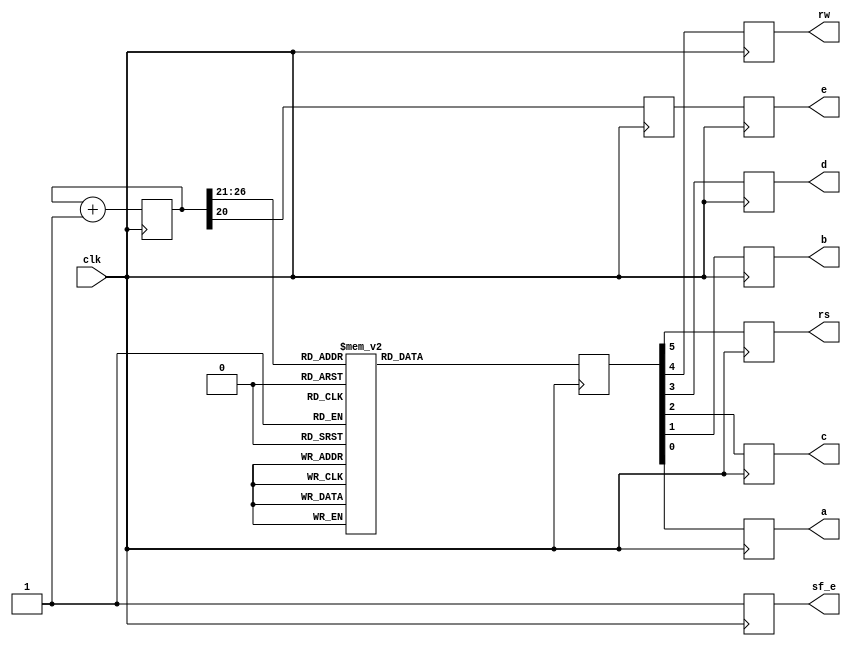
`timescale 1ns / 1ps

// Company: Alchemax
// TestLCD.v test LCD of Spartan e+ board, XCS500E model, 320-pin package 
// Additional Comments: https://www.youtube.com/watch?v=lQ6YKQt6Rz4

module TestLCD( clk, sf_e, e, rs, rw, d, c, b, a );

	(* LOC = "C9" *) input clk; // pin C9 is the 50-MHz on-board clock
	(* LOC = "D16" *) output reg sf_e; // 1 LCD access (0 StrataFlash access)
	(* LOC = "M18" *) output reg e; // enable (1)
	(* LOC = "L18" *) output reg rs; // Register Select (1 data bits for R/W)
	(* LOC = "L17" *) output reg rw; // Read/Write, 1/0
	(* LOC = "M15" *) output reg d; // 4th data bits (to from a nibble)
	(* LOC = "P17" *) output reg c; // 3rd data bits (to from a nibble)
	(* LOC = "R16" *) output reg b; // 2nd data bits (to from a nibble)
	(* LOC = "R15" *) output reg a; // 1st data bits (to from a nibble)
	
	reg [ 26 : 0 ] count = 0;	// 27-bit count, 0-(128M-1), over 2 secs
	reg [ 5 : 0 ] code;			// 6-bit different signals to give out
	reg refresh;					// refresh LCD rate @ about 25Hz
	
	always @ (posedge clk) begin
		count <= count +1;
		
		case ( count[ 26 : 21 ] )	// as top 6 bits change
// power-on init can be carried out before this loop to avoid the flickers
			0: code <= 6'h03;			// power-on init sequence
			1: code <= 6'h03;			// this is needed at least once
			2: code <= 6'h03;			// when LCD's powered on
			3: code <= 6'h02;			// it flickers existing char display
			
// Table 5-3, Function Set
// send 00 and upper nibble 0010, then 00 and lower nibble 10xx
			4: code <= 6'h02;			// Function Set, upper nibble 0010
			5: code <= 6'h08;			// lower nibble 1000 (10xx)
			
// Table 5-3, Entry Mode
// send 00 and upper nibble 0000, then 00 and lower nibble 0 1 I/D S
// last 2 bits of lower nibble: I/D bit (Incr 1, Decr 0), S bit (Shift 1, 0 no)
			6: code <= 6'h00; 		// see table, upper nibble 0000, then lower nibble:
			7: code <= 6'h06;			//  0110: Incr, Shift disabled
			
// Table 5-3, Display On/Off
// send 00 and upper nibble 0000, then 00 and lower nibble 1DCB:
// D: 1, show char represented by code in DDR, 0 don't, but code remains
// C: 1, show cursor, 0 don't
// B: 1, cursor blinks (if shown), 0 don't blink (if shown)
			8: code <= 6'h00;			// Display On/Off, upper nibble 0000
			9: code <= 6'h0C;			// lower nibble 1100 (1 D C B)
			
// Table 5-3 Clear Display, 00 and upper nibble 0000, 00 and lower nibble 0001
			10: code <= 6'h00;		// Clear Display, 00 and upper nibble 0000
			11: code <= 6'h01;		// then 00 and lower nibble 0001

// Characters are then given out, the cursor will advance to the right
// Table 5-3, Write Data to DD RAM (or CG RAM)
// Fig 5-4, 'H,' send 10 and upper nibble 0100, then 10 and lower nibble 1000
			12: code <= 6'h24;		// 'H' high nibble
			13: code <= 6'h28;		// 'H' low nibble
			14: code <= 6'h26;		// e
			15: code <= 6'h25;
			16: code <= 6'h26;		// l
			17: code <= 6'h2C;
			18: code <= 6'h26;		// l
			19: code <= 6'h2C;
			20: code <= 6'h26;		// o
			21: code <= 6'h2F;
			22: code <= 6'h22;		// ,
			23: code <= 6'h2C;
			
// Table 5-3, Set DD RAM (DDR) Address
// position the cursor onto the start of the 2nd line
// send 00 and upper nibble 1???, ??? is the highest 3 bits of the DDR
// address to move the cursor to, then 00 and lower 4 bits of the addr
// so ??? is 100 and then 0000 for h40
			24: code <= 6'b001100;	// pos cursor to 2nd line upper nibble h40 (...)
			25: code <= 6'b000000;	// lower nibble: h0
			
// Characters are then given out, the cursor will advance to the right
			26: code <= 6'h25;		// W
			27: code <= 6'h27;
			28: code <= 6'h26;		// o
			29: code <= 6'h2F;
			30: code <= 6'h27;		// r
			31: code <= 6'h22;
			32: code <= 6'h26;		// l
			33: code <= 6'h2C;
			34: code <= 6'h26;		// d
			35: code <= 6'h24;
			36: code <= 6'h22;		// !
			37: code <= 6'h21;
			
// Table 5-3, Read Busy Flag and Address
// send 01 BF (Busy Flag) x x x, then 01xxxx
// idling
			default: code <= 6'h10;	// the rest un-used time
		endcase

// refresh (enable) the LCD when
// (it flips when counted upto 2M, and flips again after another 2M)
			refresh <= count[ 20 ]; // flip rate almost 25 (50Mhz / 2^21-2M)
			sf_e <= 1;
			{ e, rs, rw, d, c, b, a } <= { refresh, code };
			
	end // always

endmodule